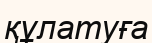
құлатуға